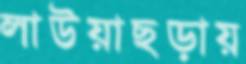
লাউয়াছড়ায়